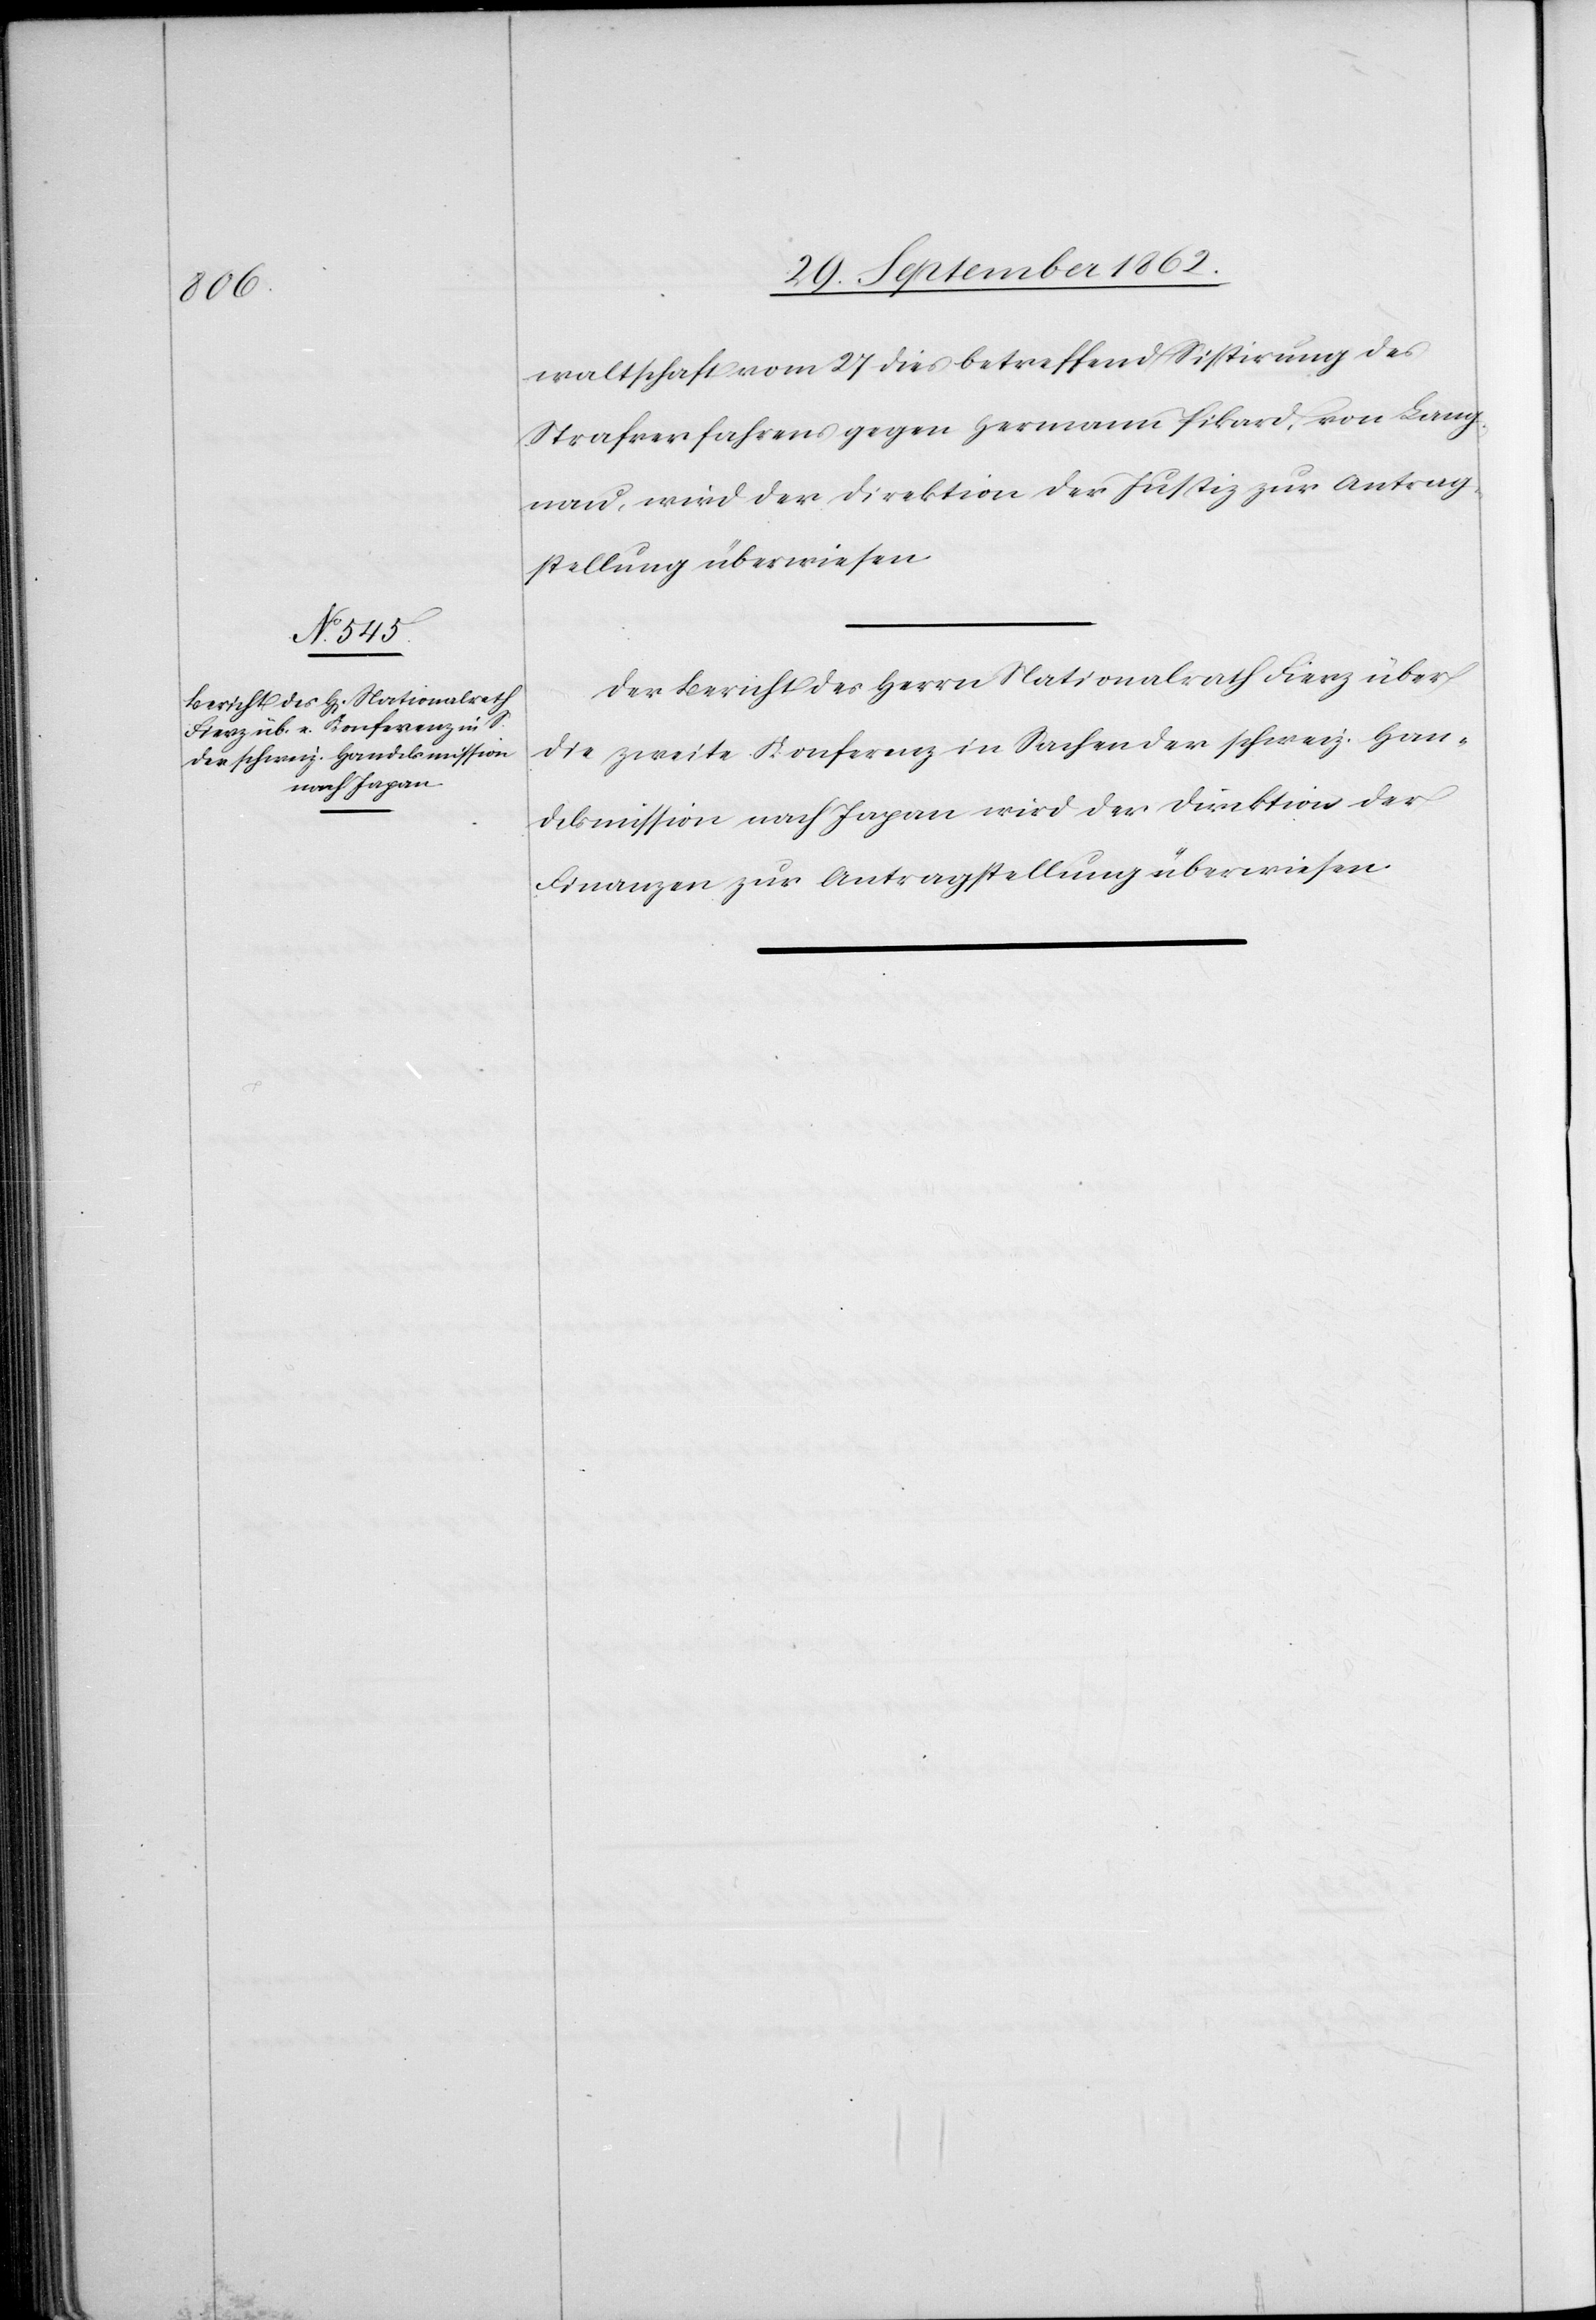
30. September 1862.]
waltschaft vom 27. dies betreffend Sistirung des
Strafverfahrens gegen Hermann Pikard, von Lang¬
nau, wird der Direktion der Justiz zur Antrag¬
stellung überwiesen.
Der Bericht des Herrn Nationalrath Fierz über
die zweite Konferenz in Sachen der schweiz. Han¬
delsmission nach Japan wird der Direktion der
Finanzen zur Antragstellung überwiesen.